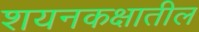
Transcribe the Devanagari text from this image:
शयनकक्षातील